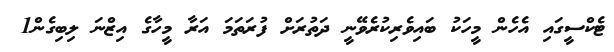
ޓެކްސީގައި އެހެން މީހަކު ބައިވެރިކުރެވޭނީ ދަތުރަށް ފުރަތަމަ އަރާ މީހާގެ އިޒްނަ ލިބިގެން1